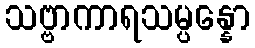
သဗ္ဗာကာရသမ္ပန္နော